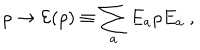
\rho \to { \cal E } ( \rho ) \equiv \sum _ { a } E _ { a } \rho E _ { a } ~ ,